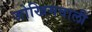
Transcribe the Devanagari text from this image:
जोखिमवाली